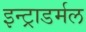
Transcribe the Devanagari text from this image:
इन्ट्राडर्मल